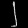
Digit: ၂